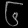
Digit: ၆